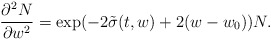
\begin{align*}\frac{\partial^2 N}{\partial w^2}= \exp(-2\tilde\sigma(t,w)+2(w-w_0)) N.\end{align*}